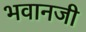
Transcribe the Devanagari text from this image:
भवानजी